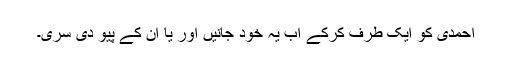
احمدی کو ایک طرف کرکے اب یہ خود جانیں اور یا ان کے پیو دی سری۔